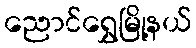
ညောင်ရွှေမြို့နယ်